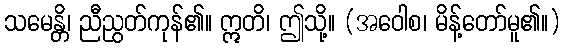
သမေန္တိ၊ ညီညွတ်ကုန်၏။ ဣတိ၊ ဤသို့။ (အဝေါစ၊ မိန့်တော်မူ၏။)